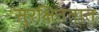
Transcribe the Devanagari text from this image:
सुरक्षिततात